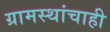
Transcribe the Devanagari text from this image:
ग्रामस्थांचाही